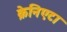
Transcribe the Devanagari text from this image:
क्रेनिएटा